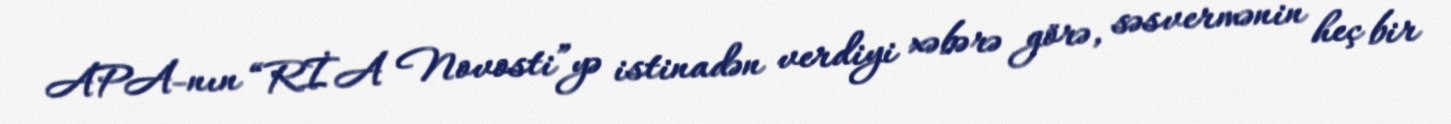
APA-nın “RİA Novosti”yə istinadən verdiyi xəbərə görə, səsvermənin heç bir